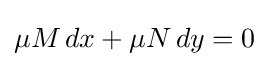
\mu M\,dx+\mu N\,dy=0